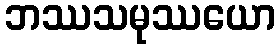
ဘဿသမုဿယော